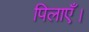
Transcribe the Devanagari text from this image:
पिलाएँ।